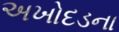
અખોદડના